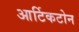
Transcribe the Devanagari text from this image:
आर्टिकटोन